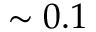
\sim 0 . 1